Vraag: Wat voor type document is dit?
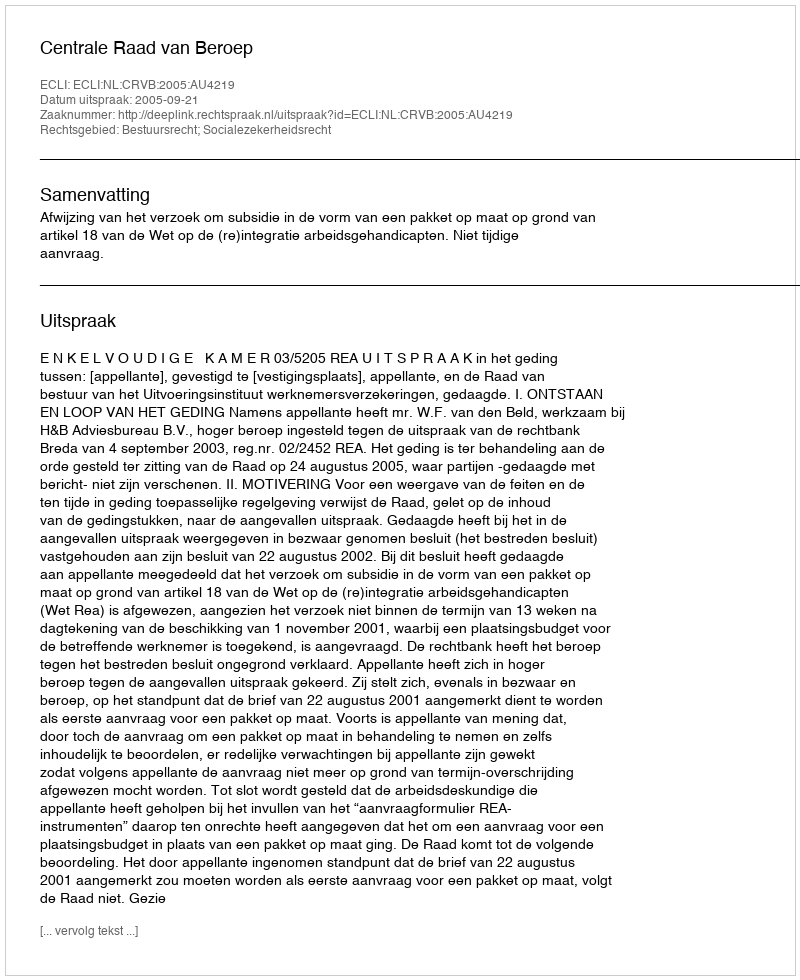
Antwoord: Uitspraak